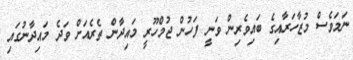
ނަމަވެސް މުޒާހަރާއިގެ ބައިވެރިން ވަނީ ފަހުން ޖުމްހޫރީ މައިދާން ތެރެއަށް ވަދެ މައިދާނުގައި